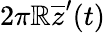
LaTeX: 2\pi\mathbb{R}\overline{{{z}}}^{\prime}(t)